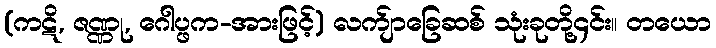
(ကဋိ, ဇဏ္ဏု, ဂေါပ္ဖက-အားဖြင့်) လက်ျာခြေဆစ် သုံးခုတို့၄င်း။ တယော